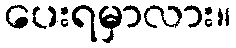
ပေးရမှာလား။